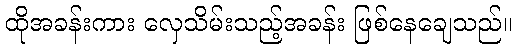
ထိုအခန်းကား လှေသိမ်းသည့်အခန်း ဖြစ်နေချေသည်။